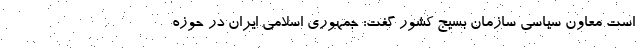
است معاون سیاسی سازمان بسیج کشور گفت: جمهوری اسلامی ایران در حوزه